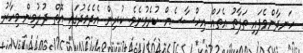
ހަނދާންވެފައި ތަފާތު އެތައް އިހްސާސެއް ކުރެވުނެވެ. ކުރިން އެދެމެދުގައި އޮތް ދުރުމިން މިހާރު